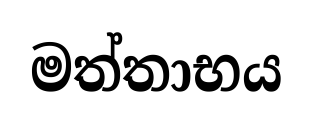
මත්තාභය